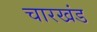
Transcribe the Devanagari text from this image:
चारखंड